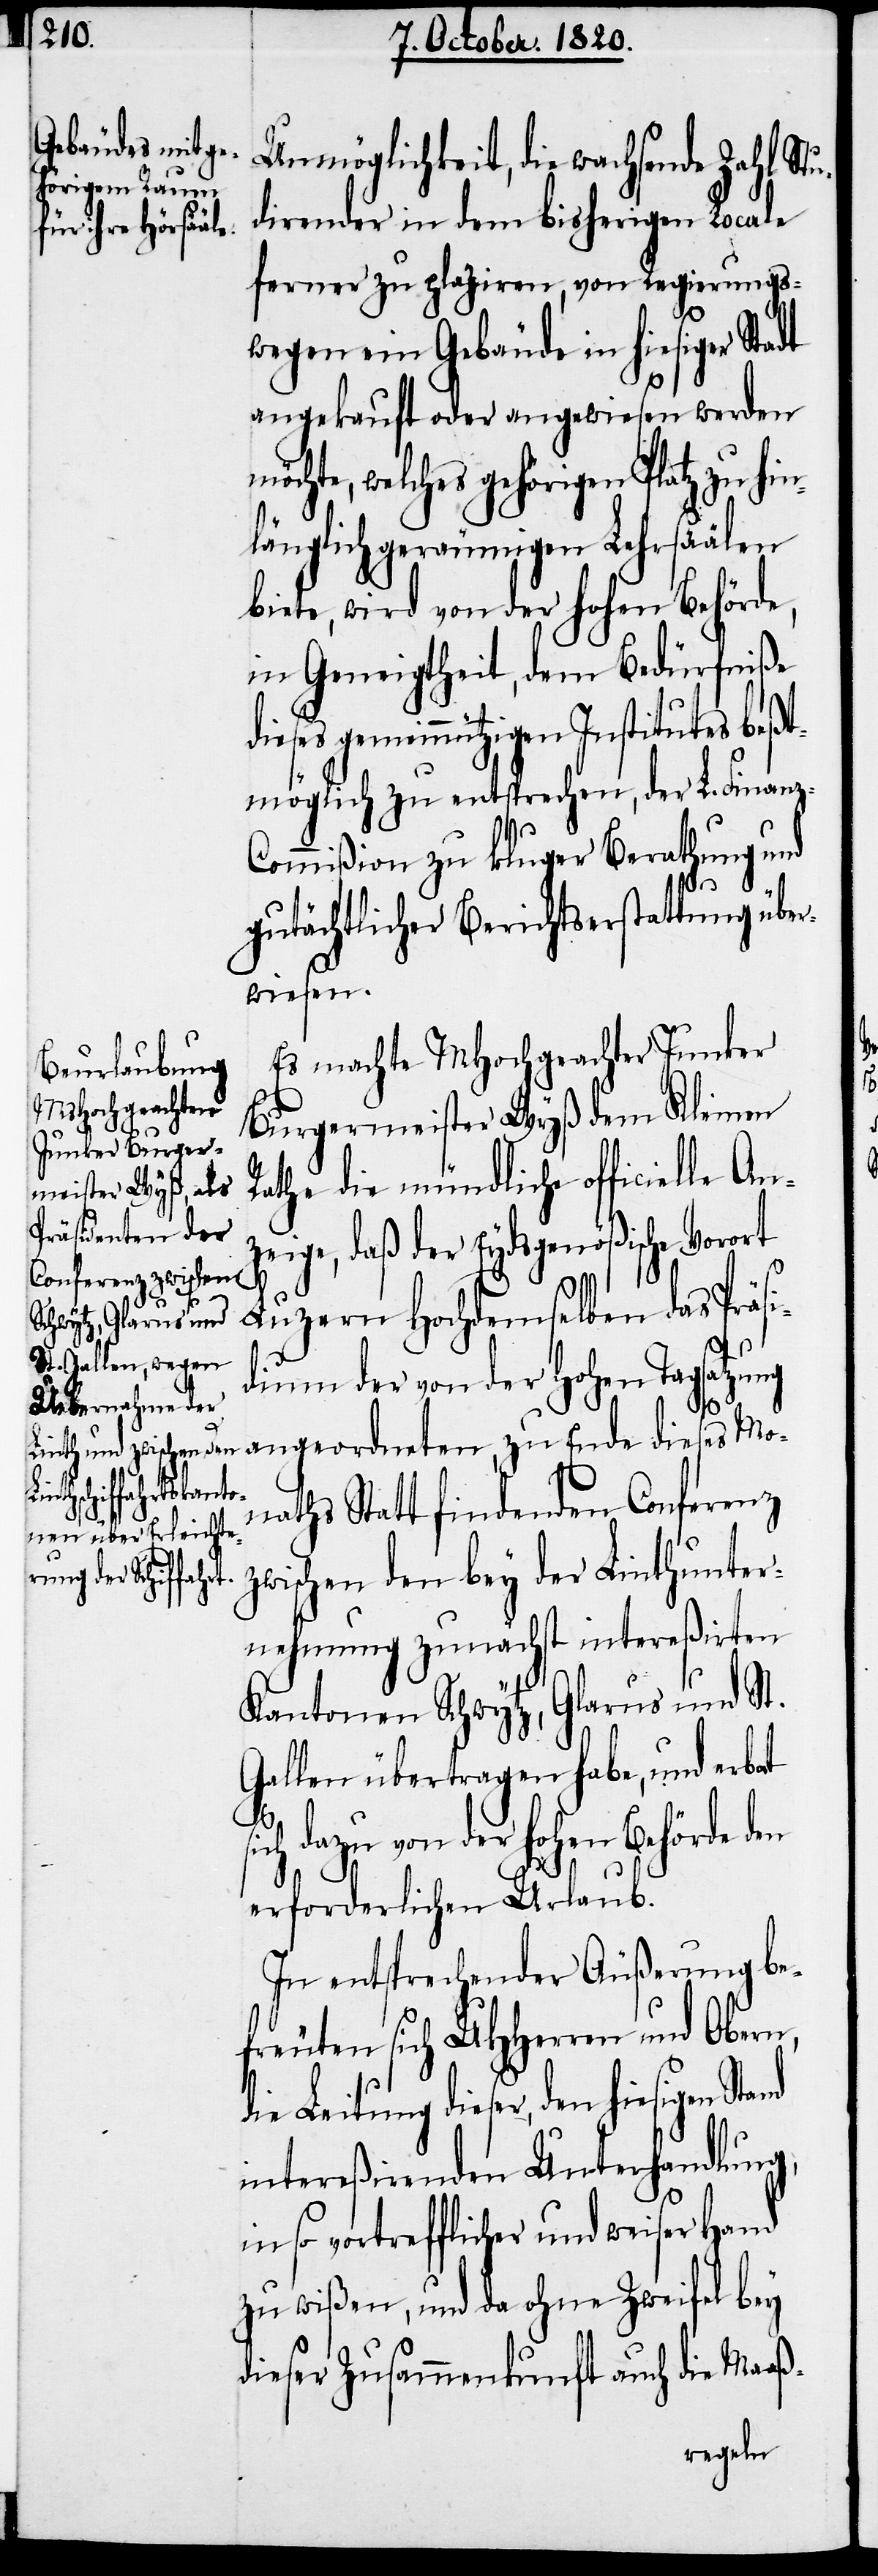
z-C¬
d¬

Unmöglichkeit, die wachsende Zahl Stu¬
dirender in dem bisherigen Locale
ferner zu plaziren, von Regierungs¬
wegen ein Gebäude in hiesiger Stadt
angekauft oder angewiesen werden
lches gehörigen Platz zu hi¬
nlänglich geräumigen Lehrsäälen
biete, wird von der hohen Behörde,
in Geneigtheit, dem Bedürfniße
dieses gemeinnützigen Institutes beßt¬
möglich zu entsprechen, der L. Finan¬
ommißion zu kluger Berathung und
gutächtlicher Berichtserstattung über¬
wiesen.
Es machte MHochgeachter Junker
Burgermeister Wyß dem Kleinen
Rathe die mündliche officielle An¬
zeige, daß der Eydsgenößische Vorort
Luzern Hochdemselben das Präsi¬
dium der von der hohen Tagsatzung
angeordneten, zu Ende dieses Mo¬
naths Statt findenden Conferenz
zwischen den bey der Linthunter¬
nehmung zunächst intereßirten
Kantonen Schwytz, Glarus und St.
Gallen übertragen habe, und erbat
ich dazu von der hohen Behörde den
erforderlichen Urlaub.
In entsprechender Äußerung be¬
freuten sich UHherren und Obern,
ie Leitung dieser, den hiesigen
intereßirenden Unterhandlung,
vortrefflicher und weiser Hand
zu wißen, und da ohne Zweifel bey
dieser Zusammenkunft auch die Maaß-